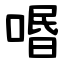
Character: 㗃